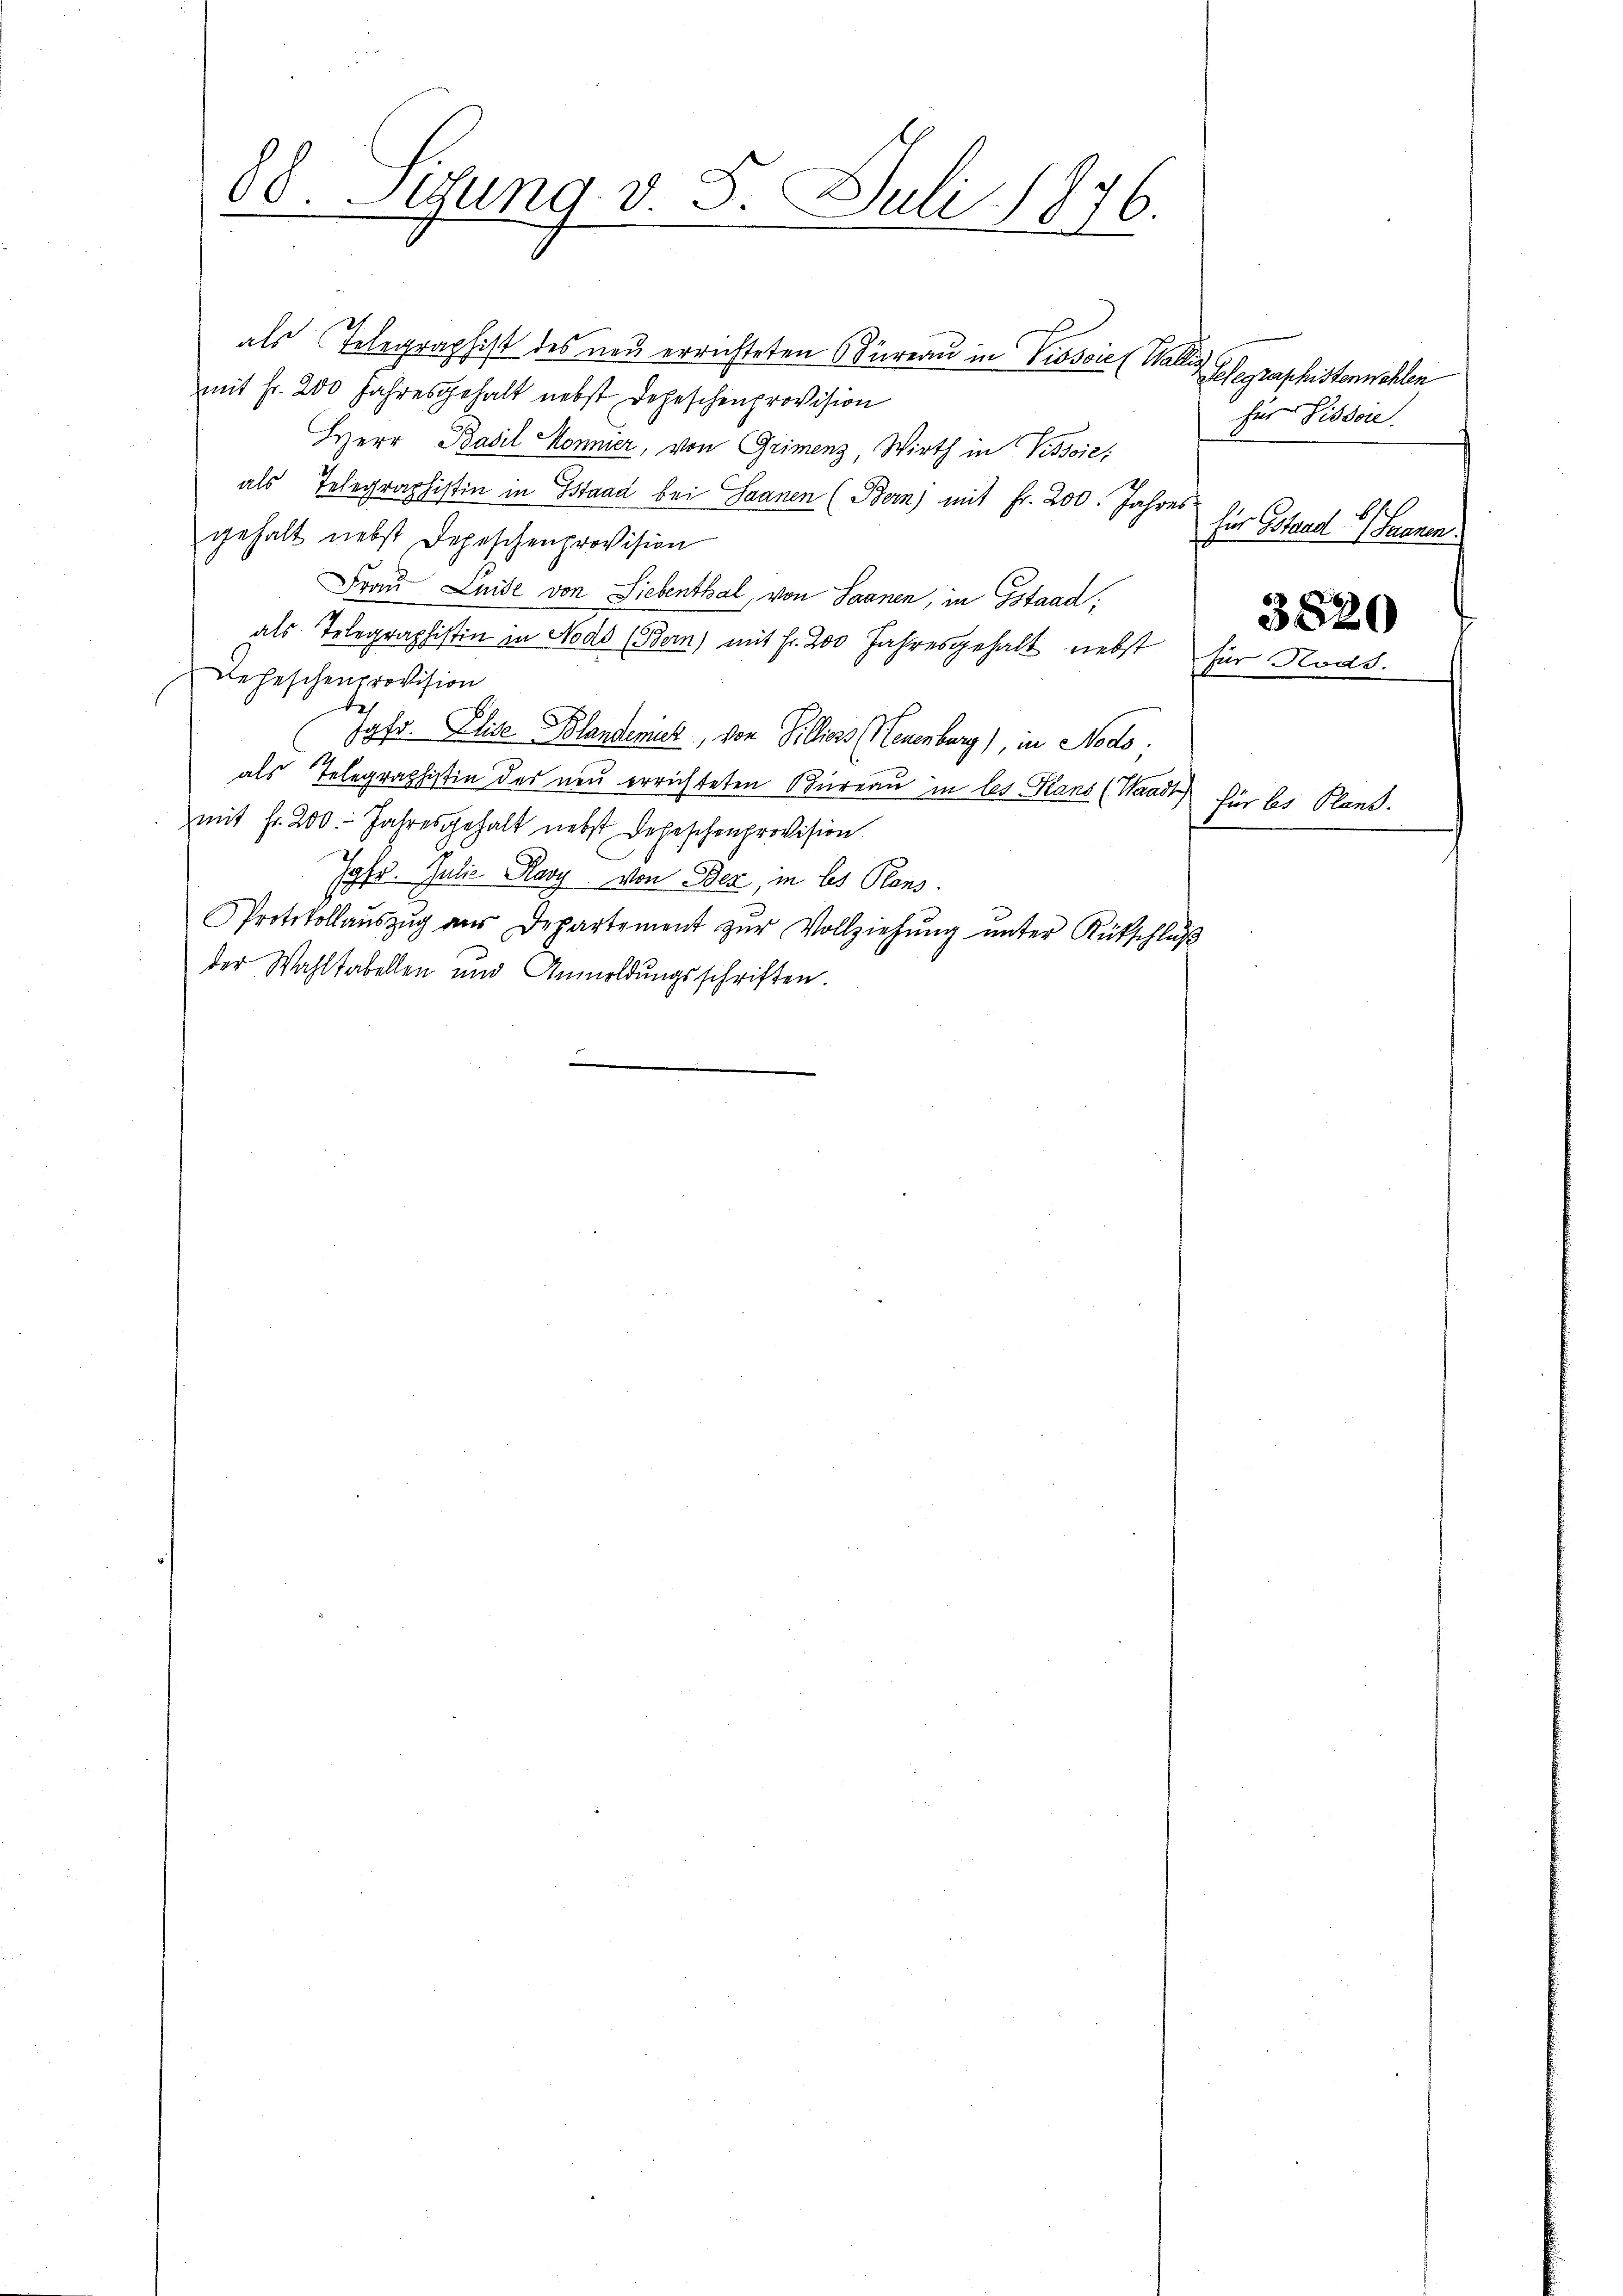
88. Legung. v. 8. Juli 181.
6.

als Telegraphist des neu errichteten Bureau in Pissoie (Walle Gelegraphistenwohlen
mit Fr. 200 Jahresgehalt nebst Depeschenprovision
Herr Basil Monnier, von Grimenz, Wirth in Pissoie;
als Telegraphistin in Estaad bei Saanen (Bern) mit Fr. 200. Jahres
gehalt nebst Depeschenprovision
Frau Luise von Liebenthal, von Saanen, in Gstaad;
als Telegraphistin in Nodo (Bern) mit Fr. 200 Jahresgehalt nebst für Ni
Deheschenprovision
d
Jgfr. Elise Blandenick, von Pilliess (Neuenburg), in Nodo.
als Telegraphistin des neu errichteten Bureau in les Hans (Waadt
mit fr. 200. Jahresgehalt nebst Depeschenprovision
Jgfr. Julie Ravy von Bez, in les Plans.
Protokollaŭszŭg aŭs Departement zŭr Vollziehŭng ŭnter Rütschlŭβ
der Wahltabellen und Anmeldŭngsschriften.

für Pissoie
für Stand   Frauen.

3820

für les Plans.